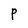
Character: P